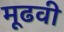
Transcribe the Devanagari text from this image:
मूढवी